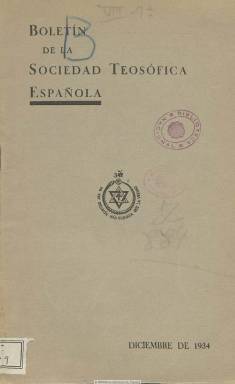
Título: Boletín de la Sociedad Teosófica Española
Colección: Espiritismo
Ámbito geográfico: Madrid
Lugar de publicación: Madrid
Fechas: 01/12/1934-30/04/1935

Las cuatro entregas mensuales de este título de la colección de la Biblioteca Nacional de España corresponden a los meses que van de diciembre de 1934 a abril de 1935 (n. 68-72) de su segunda época, a falta del n. 71 (marzo). En ese momento eran sus responsables I.G. Lorenzana y Joaquín F. Guillén, como secretario general y tesorero, respectivamente, de la Sociedad Teosófica de España, la rama nacional con sede en Madrid de la Sociedad Teosófica fundada en 1875 y con sede central en Adyar, la India inglesa, organización o “fraternidad” universal dedicada al espiritismo, la práctica mediúmnica y el ocultismo oriental y al estudio comparado de las religiones, las filosofías y las ciencias, en cuyo seno se practica el libre pensamiento. En sus páginas publica textos sobre las doctrinas y enseñanzas teosóficas y da información sobre la organización y directivas de las distintas ramas de la Sociedad Teosófica tanto de otros países como de localidades españolas (24 en total en aquel momento), como era el caso de las de Barcelona o Cartagena. También publica el viaje del citado Lorenzana a Adyar. En su cubierta aparece estampado su escudo distintivo con la leyenda: “No hay religión más elevada que la verdad”. Sus ejemplares eran repartidos gratuitamente entre sus miembros y para los no miembros la suscripción anual era de tres pesetas.